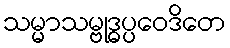
သမ္မာသမ္ဗုဒ္ဓပ္ပဝေဒိတေ